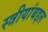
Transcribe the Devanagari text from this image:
स्त्रीयांबद्दल